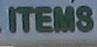
items